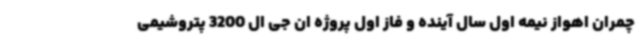
چمران اهواز نیمه اول سال آینده و فاز اول پروژه ان جی ال 3200 پتروشیمی